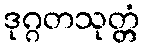
ဒုဂ္ဂတသုတ္တံ